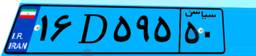
۱۶D۵۹۵۵۰